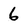
Character: 6